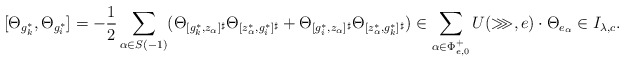
\begin{align*}[\Theta_{g_k^*},\Theta_{g_i^*}]=-\frac{1}{2}\sum\limits_{\alpha\in S(-1)}(\Theta_{[g_k^*,z_\alpha]^{\sharp}}\Theta_{[z_\alpha^*,g_i^*]^{\sharp}} +\Theta_{[g_i^*,z_\alpha]^{\sharp}}\Theta_{[z_\alpha^*,g_k^*]^{\sharp}})\in\sum_{\alpha\in\Phi^+_{e,0}}U(\ggg,e)\cdot\Theta_{e_\alpha}\in I_{\lambda,c}.\end{align*}